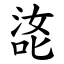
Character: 㖳